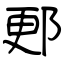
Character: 郠